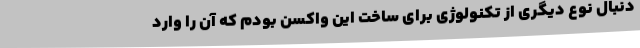
دنبال نوع دیگری از تکنولوژی برای ساخت این واکسن بودم که آن را وارد